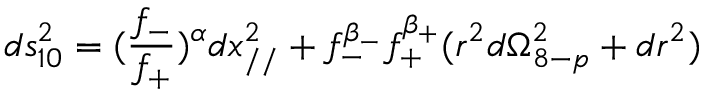
d s _ { 1 0 } ^ { 2 } = ( \frac { f _ { - } } { f _ { + } } ) ^ { \alpha } d x _ { / / } ^ { 2 } + f _ { - } ^ { \beta _ { - } } f _ { + } ^ { \beta _ { + } } ( r ^ { 2 } d \Omega _ { 8 - p } ^ { 2 } + d r ^ { 2 } )